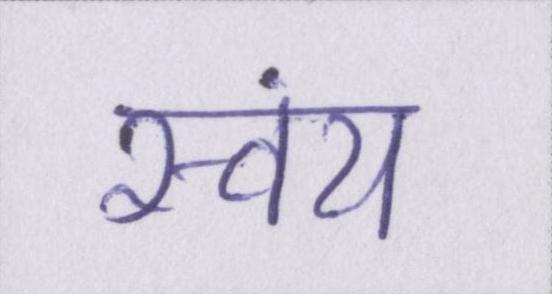
स्वंय